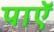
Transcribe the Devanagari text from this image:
पाएॅ